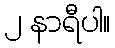
၂ နာရီပါ။